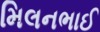
મિલનભાઈ